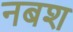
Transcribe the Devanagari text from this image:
नबश